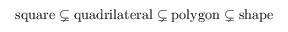
{ \mathrm { s q u a r e } } \subsetneq { \mathrm { q u a d r i l a t e r a l } } \subsetneq { \mathrm { p o l y g o n } } \subsetneq { \mathrm { s h a p e } }